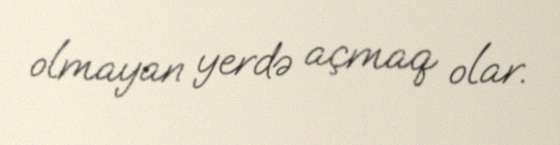
olmayan yerdə açmaq olar.